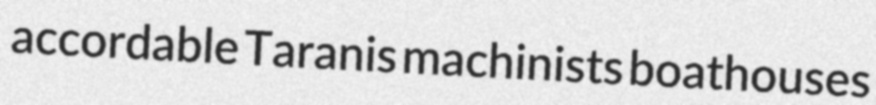
accordable Taranis machinists boathouses